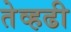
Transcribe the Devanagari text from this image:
तेव्हढी